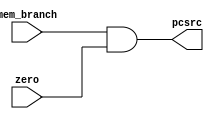
module andgate(
  mem_branch,
  zero,
  pcsrc
);
input mem_branch;
input zero;
output pcsrc;

assign pcsrc = mem_branch & zero;

endmodule